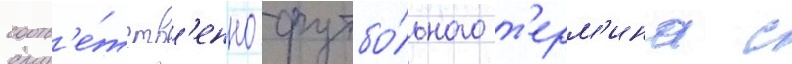
соотв'е́тств'енно футбо́льного т'ерм'ина с